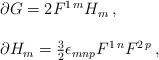
LaTeX: \begin{align*}\begin{array}{rcl}& & \partial G = 2 F^{1\, m} H_{m}\, ,\\& & \\& & \partial H_{m} = \frac{3}{2}\epsilon_{mnp}F^{1\, n}F^{2\, p}\, ,\\\end{array}\end{align*}